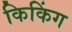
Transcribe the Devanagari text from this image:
किकिंग